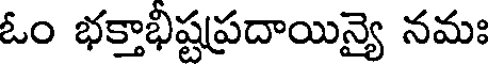
ఓం భక్తాభిష్టప్రదాయిన్యై నమః